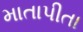
માતાપીતા